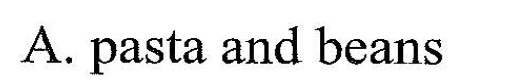
A. pasta aad beans